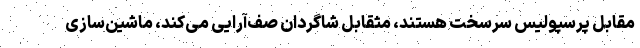
مقابل پرسپولیس سرسخت هستند، مثقابل شاگردان صف‌آرایی می‌کند، ماشین‌سازی